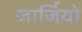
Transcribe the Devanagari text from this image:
जार्जियो